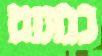
כמעט